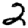
Digit: 2